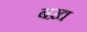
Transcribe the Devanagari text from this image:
बख़